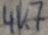
Text: 4K7